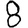
Digit: 8